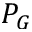
P _ { G }